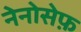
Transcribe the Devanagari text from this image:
नेनोसेफ़